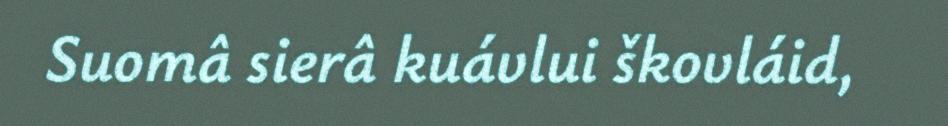
Suomâ sierâ kuávlui škovláid,